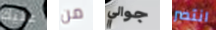
عليك من جوالي انتصر